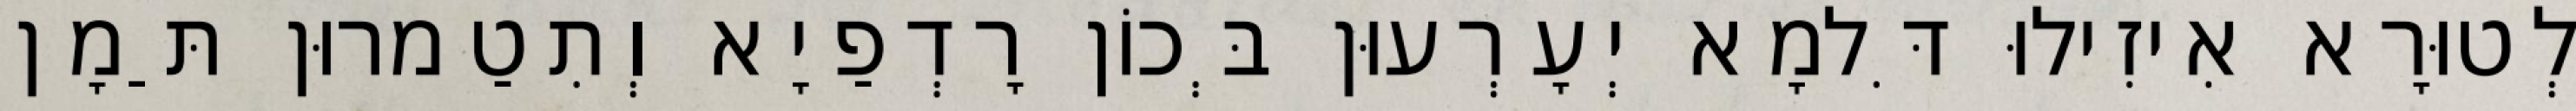
לְטוּרָא אִיזִילוּ דִּלמָא יְעָרְעוּן בְּכוֹן רָדְפַיָא וְתִטַמרוּן תַּמָן